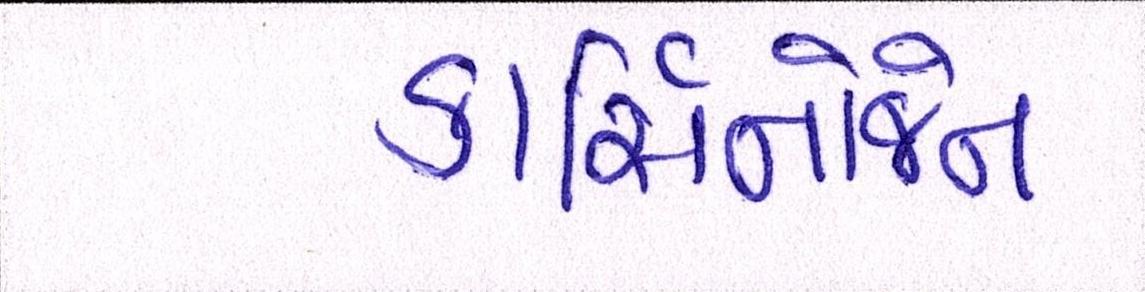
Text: કાર્સિનોજેન